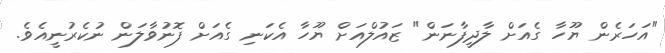
"އަހަރެން ޔޫހާ ގެއަށް ލާދީފާނަން" ޒައުލްއަށް ޔޫހާ އެކަނި ގެއަށް ފޮނުވާލަން ނުކެރުނީއެވެ.